Annual report on the Civil Veterinary Department, Burma (including the Insein Veterinary School) - 1910-1922
Year: 1910
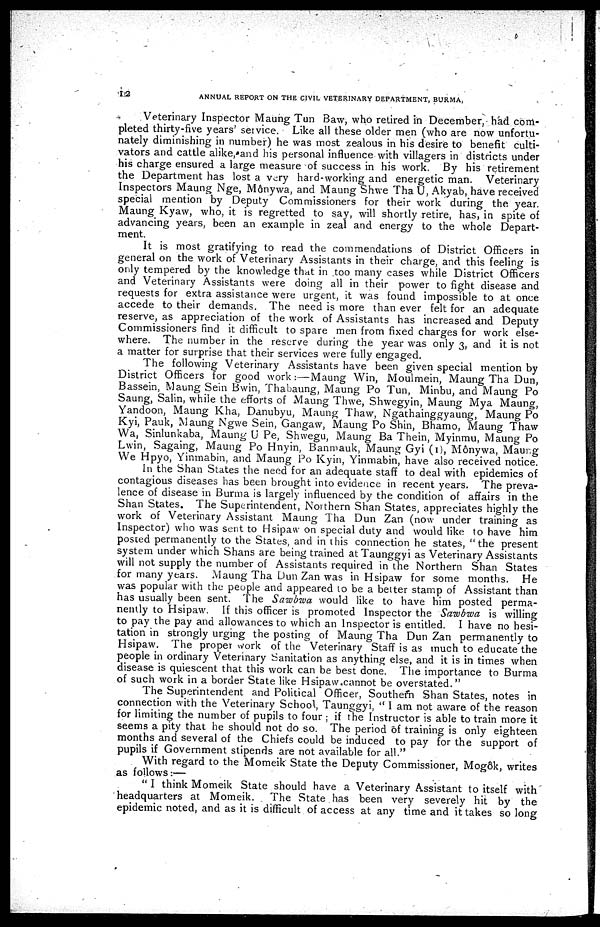
12
ANNUAL REPORT ON THE CIVIL VETERINARY DEPARTMENT, BURMA,
Veterinary Inspector Maung Tun Baw, who retired in December, had com-
pleted thirty-five years' service. Like all these older men (who are now unfortu-
nately diminishing in number) he was most zealous in his desire to benefit culti-
vators and cattle alike,*and his personal influence with villagers in districts under
his charge ensured a large measure of success in his work. By his retirement
the Department has lost a very hard-working and energetic man. Veterinary
Inspectors Maung Nge, Mônywa, and Maung Shwe ThaU, Akyab, have received
special mention by Deputy Commissioners for their work during the year.
Maung Kyaw, who, it is regretted to say, will shortly retire, has, in spite of
advancing years, been an example in zeal and energy to the whole Depart-
ment.
It is most gratifying to read the commendations of District Officers in
general on the work of Veterinary Assistants in their charge, and this feeling is
only tempered by the knowledge that in too many cases while District Officers
and Veterinary Assistants were doing all in their power to fight disease and
requests for extra assistance were urgent, it was found impossible to at once
accede to their demands. The need is more than ever felt for an adequate
reserve, as appreciation of the work of Assistants has increased and Deputy
Commissioners find it difficult to spare men from fixed charges for work else-
where. The number in the reserve during the year was only 3, and it is not
a matter for surprise that their services were fully engaged.
The following Veterinary Assistants have been given special mention by
District Officers for good work :—Maung Win, Moulmein, Maung Tha Dun,
Bassein, Maung Sein Bwin, Thabaung, Maung Po Tun, Minbu, and Maung Po
Saung, Salin, while the efforts of Maung Thwe, Shwegyin, Maung Mya Maung,
Yandoon, Maung Kha, Danubyu, Maung Thaw, Ngathainggyaung, Maung Po
Kyi, Pauk, Maung Ngwe Sein, Gangaw, Maung Po Shin, Bhamo, Maung Thaw
Wa, Sinlunkaba, Maung U Pe, Shwegu, Maung Ba Thein, Myinmu, Maung Po
Lwin, Sagaing, Maung Po Hnyin, Banmauk, Maung Gyi (1), Mônywa, Maurg
We Hpyo, Yinmabin, and Maung Po Kyin. Yinmabin, have also received notice.
In the Shan States the need for an adequate staff to deal with epidemics of
contagious diseases has been brought into evidence in recent years. The preva-
lence of disease in Burma is largely influenced by the condition of affairs in the
Shan States. The Superintendent, Northern Shan States, appreciates highly the
work of Veterinary Assistant Maung Tha Dun Zan (now under training as
Inspector) who was sent to Hsipaw on special duty and would like to have him
posted permanently to the States, and in this connection he states, "the present
system under which Shans are being trained atTaunggyi as Veterinary Assistants
will not supply the number of Assistants required in the Northern Shan States
for many years. Maung Tha Dun Zan was in Hsipaw for some months. He
was popular with the people and appeared 10 be a belter stamp of Assistant than
has usually been sent. The Sawbwa would like to have him posted perma-
nently to Hsipaw. If this officer is promoted Inspector the Sawbwa is willing
to pay the pay and allowances to which an Inspector is entitled. I have no hesi-
tation in strongly urging the posting of Maung Tha Dun Zan permanently to
Hsipaw. The proper work of the Veterinary Staff is as much to educate the
people in ordinary Veterinary Sanitation as anything else, and it is in times when
disease is quiescent that this work can be best done. The importance to Burma
of such work in a border State like Hsipaw.cannot be overstated."
The Superintendent and Political Officer, Southeѓn Shan States, notes in
connection with the Veterinary School, Taunggyi, " I am not aware of the reason
for limiting the number of pupils to four ; if the Instructor is able to train more it
seems a pity that he should not do so. The period of training is only eighteen
months and several of the Chiefs could be induced to pay for the support of
pupils if Government stipends are not available for all."
With regard to the Momeik State the Deputy Commissioner, Mog6k, writes
as follows:—
"I think Momeik State should have a Veterinary Assistant to itself with
headquarters at Momeik.
The State has been very severely hit by the
epidemic noted, and as it is difficult of access at any time and it takes so long